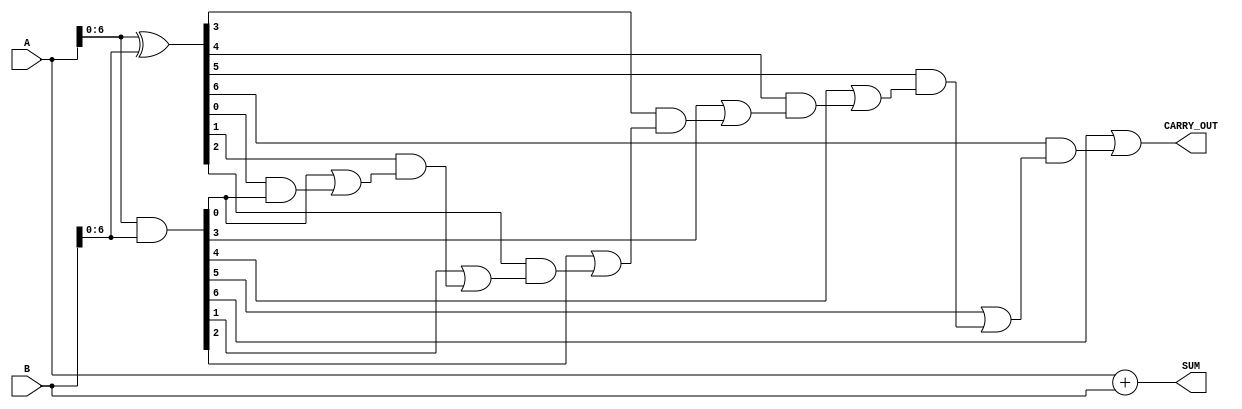
module carry_lookahead_adder (

    input wire [7:0] A,
    input wire [7:0] B,
    output wire [8:0] SUM,
    output wire CARRY_OUT
    
);

wire [7:0] P, G, C;

assign P = A ^ B;
assign G = A & B;
assign C[0] = G[0];

genvar i;
generate

for (i = 0; i < 7; i = i + 1) begin
    assign C[i + 1] = G[i] | (P[i] & C[i]);
end

endgenerate

assign SUM = A + B;
assign CARRY_OUT = C[7];

endmodule